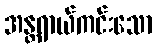
အန္တရာယ်ကင်းသော